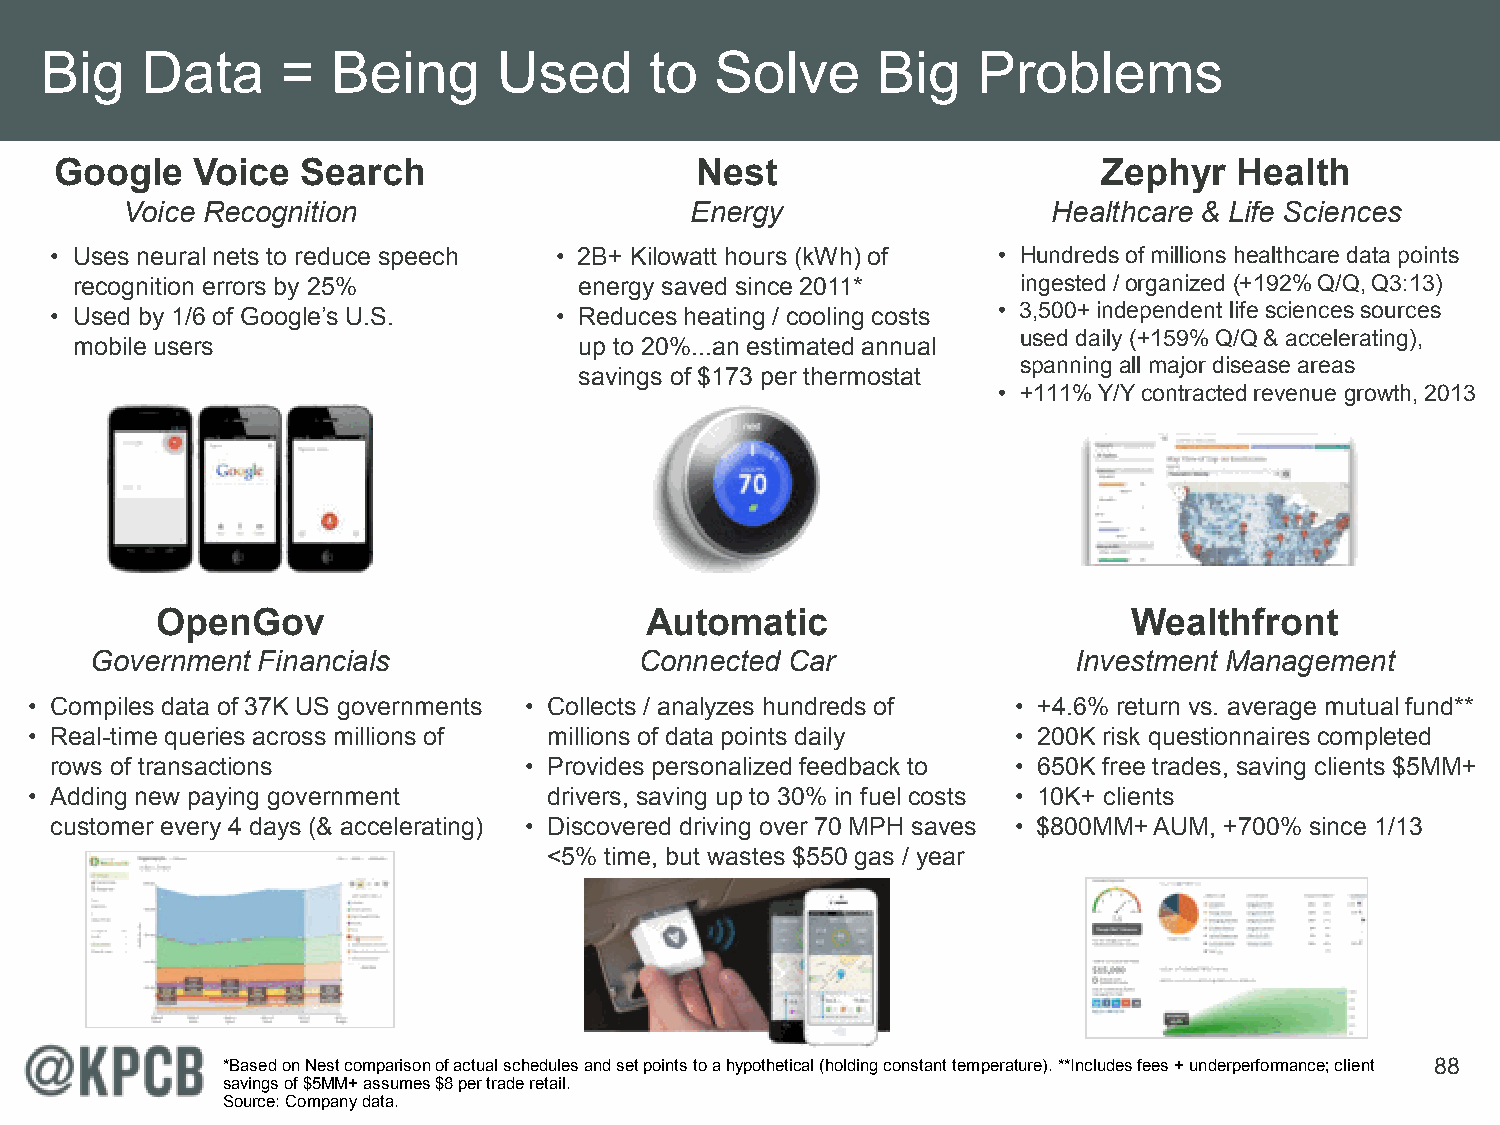
Big   Data      =  Being      Used      to  Solve      Big    Problems
 Google   Voice  Search                    Nest                       Zephyr   Health
 Voice Recognition                     Energy                  Healthcare & Life Sciences
 • Uses neural nets to reduce speech • 2B+ Kilowatt hours (kWh) of • Hundreds of millions healthcare data points
 recognition errors by 25%        energy saved since 2011*      ingested / organized (+192% Q/Q, Q3:13)
 • Used by 1/6 of Google’s U.S.    • Reduces heating / cooling costs • 3,500+ independent life sciences sources
 used daily (+159% Q/Q & accelerating),
 mobile users                     up to 20%...an estimated annual
 spanning all major disease areas
 savings of $173 per thermostat
 • +111% Y/Y contracted revenue growth, 2013
 OpenGov                          Automatic                       Wealthfront
 Government Financials               Connected Car                Investment Management
 • Compiles data of 37K US governments • Collects / analyzes hundreds of • +4.6% return vs. average mutual fund**
 • Real-time queries across millions of millions of data points daily • 200K risk questionnaires completed
 rows of transactions            • Provides personalized feedback to • 650K free trades, saving clients $5MM+
 • Adding new paying government    drivers, saving up to 30% in fuel costs • 10K+ clients
 customer every 4 days (& accelerating) • Discovered driving over 70 MPH saves • $800MM+ AUM, +700% since 1/13
 <5% time, but wastes $550 gas / year
 *Based on Nest comparison of actual schedules and set points to a hypothetical (holding constant temperature). **Includes fees + underperformance; client 88
 savings of $5MM+ assumes $8 per trade retail.
 Source: Company data.